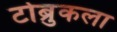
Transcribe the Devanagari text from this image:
टोब्रुकला